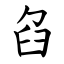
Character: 臽